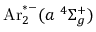
\mathrm { A r } _ { 2 } ^ { * - } ( a \ ^ { 4 } \Sigma _ { g } ^ { + } )